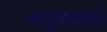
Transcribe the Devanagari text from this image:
अनुवाकांचे